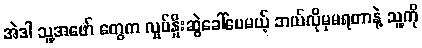
အဲဒါ သူ့အဖော် တွေက လှုပ်နှိုးဆွဲခေါ်ပေမယ့် ဘယ်လိုမှမရတာနဲ့ သူ့ကို